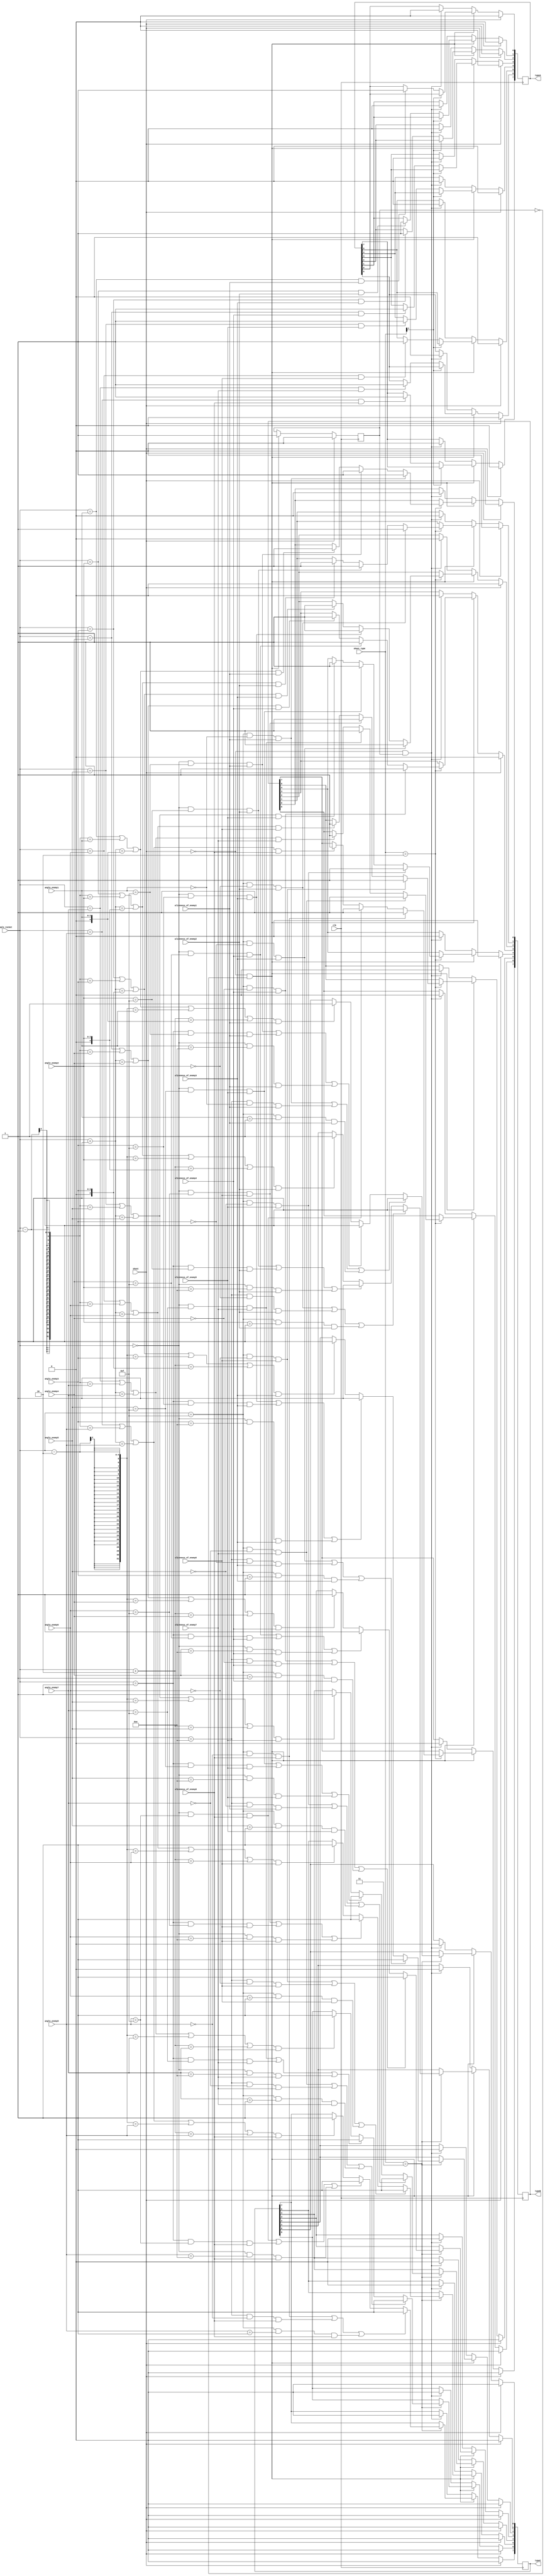
module shoot_mechanism (
    input clk,
    input shoot,
    input [1:0] shoot_type, // 00 dorusal 3can typea, 01 dorusal 3can typea, 10 45derece 2can typeb, 11 90derece 1 can typec
    input [3:0] angle_rocket,
    input [3:0] angle_enemy1, angle_enemy2, angle_enemy3, angle_enemy4, angle_enemy5, angle_enemy6, angle_enemy7, angle_enemy8,
    input aliveness_of_enemy1, aliveness_of_enemy2, aliveness_of_enemy3, aliveness_of_enemy4, aliveness_of_enemy5, aliveness_of_enemy6, aliveness_of_enemy7, aliveness_of_enemy8,
    output reg [7:0] typeA, typeB, typeC
);
    reg shoot_detected;

    initial begin 
        typeA <= 8'b00000000;
        typeB <= 8'b00000000;
        typeC <= 8'b00000000;
        shoot_detected <= 0;
    end

    always @(posedge clk) begin
        if (shoot == 1) begin
            shoot_detected <= 0;
            typeA <= 8'b00000000;
            typeB <= 8'b00000000;
            typeC <= 8'b00000000;
        end 
		  
		  
		  
		  else if (shoot == 0 && shoot_detected == 0) begin
            shoot_detected <= 1;
			
            if (shoot_type[1] == 0) begin
					
                if (angle_rocket == angle_enemy1 && aliveness_of_enemy1 == 1) typeA[0] <= 1;
                if (angle_rocket == angle_enemy2 && aliveness_of_enemy2 == 1) typeA[1] <= 1;
                if (angle_rocket == angle_enemy3 && aliveness_of_enemy3 == 1) typeA[2] <= 1;
                if (angle_rocket == angle_enemy4 && aliveness_of_enemy4 == 1) typeA[3] <= 1;
                if (angle_rocket == angle_enemy5 && aliveness_of_enemy5 == 1) typeA[4] <= 1;
                if (angle_rocket == angle_enemy6 && aliveness_of_enemy6 == 1) typeA[5] <= 1;
                if (angle_rocket == angle_enemy7 && aliveness_of_enemy7 == 1) typeA[6] <= 1;
                if (angle_rocket == angle_enemy8 && aliveness_of_enemy8 == 1) typeA[7] <= 1;
            end
				if (shoot_type == 2'b10) begin
					if ((angle_rocket==4'b1111&&angle_enemy1==4'b0000)&& (aliveness_of_enemy1 == 1)) typeB[0] <= 1;
					else if ((angle_rocket==4'b0000&&angle_enemy1==4'b1111)&& (aliveness_of_enemy1 == 1)) typeB[0] <= 1;
					else if ((angle_rocket == angle_enemy1 || angle_rocket - 1 == angle_enemy1 || angle_rocket + 1 == angle_enemy1) && aliveness_of_enemy1 == 1) typeB[0] <= 1;
				   if ((angle_rocket==4'b1111&&angle_enemy2==4'b0000)&& (aliveness_of_enemy2 == 1) )typeB[1] <= 1;
					else if ((angle_rocket==4'b0000&&angle_enemy2==4'b1111)&& (aliveness_of_enemy2 == 1) )typeB[1] <= 1;

					else if ((angle_rocket == angle_enemy2 || angle_rocket - 1 == angle_enemy2 || angle_rocket + 1 == angle_enemy2) && aliveness_of_enemy2 == 1) typeB[1] <= 1;
				   if ((angle_rocket==4'b1111&&angle_enemy3==4'b0000)&& ( aliveness_of_enemy3 == 1)) typeB[2] <= 1;
				   else if ((angle_rocket==4'b0000&&angle_enemy3==4'b1111)&& ( aliveness_of_enemy3 == 1)) typeB[2] <= 1;

					else   if ((angle_rocket == angle_enemy3 || angle_rocket - 1 == angle_enemy3 || angle_rocket + 1 == angle_enemy3) && aliveness_of_enemy3 == 1) typeB[2] <= 1;

					if ((angle_rocket==4'b1111&&angle_enemy4==4'b0000) && (aliveness_of_enemy4 == 1)) typeB[3] <= 1;
					else if ((angle_rocket==4'b0000&&angle_enemy4==4'b1111) && (aliveness_of_enemy4 == 1)) typeB[3] <= 1;

					else if ((angle_rocket == angle_enemy4 || angle_rocket - 1 == angle_enemy4 || angle_rocket + 1 == angle_enemy4) && aliveness_of_enemy4 == 1) typeB[3] <= 1;
				   if ((angle_rocket==4'b1111&&angle_enemy5==4'b0000)&& (aliveness_of_enemy5 == 1)) typeB[4] <= 1;
				   else if ((angle_rocket==4'b0000&&angle_enemy5==4'b1111)&& (aliveness_of_enemy5 == 1)) typeB[4] <= 1;

					else if ((angle_rocket == angle_enemy5 || angle_rocket - 1 == angle_enemy5 || angle_rocket + 1 == angle_enemy5) && aliveness_of_enemy5 == 1) typeB[4] <= 1;
				   if ((angle_rocket==4'b1111&&angle_enemy6==4'b0000) && (aliveness_of_enemy6 == 1)) typeB[5] <= 1;
				   else if ((angle_rocket==4'b0000&&angle_enemy6==4'b1111) && (aliveness_of_enemy6 == 1)) typeB[5] <= 1;

					else if ((angle_rocket == angle_enemy6 || angle_rocket - 1 == angle_enemy6 || angle_rocket + 1 == angle_enemy6) && aliveness_of_enemy6 == 1) typeB[5] <= 1;

				   if ((angle_rocket==4'b1111&&angle_enemy7==4'b0000) && (aliveness_of_enemy7 == 1)) typeB[6] <= 1;
				   else if ((angle_rocket==4'b0000&&angle_enemy7==4'b1111) && (aliveness_of_enemy7 == 1)) typeB[6] <= 1;

					else if ((angle_rocket == angle_enemy7 || angle_rocket - 1 == angle_enemy7 || angle_rocket + 1 == angle_enemy7) && aliveness_of_enemy7 == 1) typeB[6] <= 1;

				   if ((angle_rocket==4'b1111&&angle_enemy8==4'b0000)&&( aliveness_of_enemy8 == 1) )typeB[7] <= 1;
				   else if ((angle_rocket==4'b0000&&angle_enemy8==4'b1111)&&( aliveness_of_enemy8 == 1) )typeB[7] <= 1;
                
               else if ((angle_rocket == angle_enemy8 || angle_rocket - 1 == angle_enemy8 || angle_rocket + 1 == angle_enemy8) && aliveness_of_enemy8 == 1) typeB[7] <= 1;
            end
            if (shoot_type == 2'b11) begin
				
				if ((angle_rocket==4'b1111&&angle_enemy1==4'b0000)&& (aliveness_of_enemy1 == 1) || (angle_rocket==4'b1110&&angle_enemy1==4'b0000)&& (aliveness_of_enemy1 == 1) || (angle_rocket==4'b1111&&angle_enemy1==4'b0001)&& (aliveness_of_enemy1 == 1)) typeC[0] <= 1;
		      else if ((angle_rocket==4'b0000 &&angle_enemy1==4'b1111)&& (aliveness_of_enemy1 == 1) || (angle_rocket==4'b0001&&angle_enemy1==4'b1111)&& (aliveness_of_enemy1 == 1) || (angle_rocket==4'b0000 &&angle_enemy1==4'b1110)&& (aliveness_of_enemy1 == 1)) typeC[0] <= 1;

	
		      else if ((angle_rocket == angle_enemy1 || angle_rocket - 1 == angle_enemy1 || angle_rocket + 1 == angle_enemy1 || angle_rocket - 2 == angle_enemy1 || angle_rocket + 2 == angle_enemy1) && aliveness_of_enemy1 == 1) typeC[0] <= 1;
 	if ((angle_rocket==4'b1111&&angle_enemy2==4'b0000)&& (aliveness_of_enemy2 == 1) || (angle_rocket==4'b1110&&angle_enemy2==4'b0000)&& (aliveness_of_enemy2 == 1) || (angle_rocket==4'b1111&&angle_enemy2==4'b0001)&& (aliveness_of_enemy2 == 1)) typeC[1] <= 1;
		else if ((angle_rocket==4'b0000 &&angle_enemy2==4'b1111)&& (aliveness_of_enemy2 == 1) || (angle_rocket==4'b0001&&angle_enemy2==4'b1111)&& (aliveness_of_enemy2 == 1) || (angle_rocket==4'b0000 &&angle_enemy2==4'b1110)&& (aliveness_of_enemy2 == 1)) typeC[1] <= 1;

		else if ((angle_rocket == angle_enemy2 || angle_rocket - 1 == angle_enemy2 || angle_rocket + 1 == angle_enemy2 || angle_rocket - 2 == angle_enemy2 || angle_rocket + 2 == angle_enemy2) && aliveness_of_enemy2 == 1) typeC[1] <= 1;

 
		if ((angle_rocket==4'b1111&&angle_enemy3==4'b0000)&& (aliveness_of_enemy3 == 1) || (angle_rocket==4'b1110&&angle_enemy3==4'b0000)&& (aliveness_of_enemy3 == 1) || (angle_rocket==4'b1111&&angle_enemy3==4'b0001)&& (aliveness_of_enemy3 == 1)) typeC[2] <= 1;
		else if ((angle_rocket==4'b0000 &&angle_enemy3==4'b1111)&& (aliveness_of_enemy3 == 1) || (angle_rocket==4'b0001&&angle_enemy3==4'b1111)&& (aliveness_of_enemy3 == 1) || (angle_rocket==4'b0000 &&angle_enemy3==4'b1110)&& (aliveness_of_enemy3 == 1)) typeC[2] <= 1;

		else if ((angle_rocket == angle_enemy3 || angle_rocket - 1 == angle_enemy3 || angle_rocket + 1 == angle_enemy3 || angle_rocket - 2 == angle_enemy3 || angle_rocket + 2 == angle_enemy3) && aliveness_of_enemy3 == 1) typeC[2] <= 1;

	if ((angle_rocket==4'b1111&&angle_enemy4==4'b0000)&& (aliveness_of_enemy4 == 1) || (angle_rocket==4'b1110&&angle_enemy4==4'b0000)&& (aliveness_of_enemy4 == 1) || (angle_rocket==4'b1111&&angle_enemy4==4'b0001)&& (aliveness_of_enemy4 == 1)) typeC[3] <= 1;
		else if ((angle_rocket==4'b0000 &&angle_enemy4==4'b1111)&& (aliveness_of_enemy4 == 1) || (angle_rocket==4'b0001&&angle_enemy4==4'b1111)&& (aliveness_of_enemy4 == 1) || (angle_rocket==4'b0000 &&angle_enemy4==4'b1110)&& (aliveness_of_enemy4 == 1)) typeC[3] <= 1;


		else if ((angle_rocket == angle_enemy4 || angle_rocket - 1 == angle_enemy4 || angle_rocket + 1 == angle_enemy4 || angle_rocket - 2 == angle_enemy4 || angle_rocket + 2 == angle_enemy4) && aliveness_of_enemy4 == 1) typeC[3] <= 1;
	
	
		
		if ((angle_rocket==4'b1111&&angle_enemy5==4'b0000)&& (aliveness_of_enemy5 == 1) || (angle_rocket==4'b1110&&angle_enemy5==4'b0000)&& (aliveness_of_enemy1 == 1) || (angle_rocket==4'b1111&&angle_enemy5==4'b0001)&& (aliveness_of_enemy5 == 1)) typeC[4] <= 1;
		else if ((angle_rocket==4'b0000 &&angle_enemy5==4'b1111)&& (aliveness_of_enemy5 == 1) || (angle_rocket==4'b0001&&angle_enemy5==4'b1111)&& (aliveness_of_enemy5 == 1) || (angle_rocket==4'b0000 &&angle_enemy5==4'b1110)&& (aliveness_of_enemy5 == 1)) typeC[4] <= 1;

		else if ((angle_rocket == angle_enemy5 || angle_rocket - 1 == angle_enemy5 || angle_rocket + 1 == angle_enemy5 || angle_rocket - 2 == angle_enemy5 || angle_rocket + 2 == angle_enemy5) && aliveness_of_enemy5 == 1) typeC[4] <= 1;
		
		
		
		if ((angle_rocket==4'b1111&&angle_enemy6==4'b0000)&& (aliveness_of_enemy6 == 1) || (angle_rocket==4'b1110&&angle_enemy6==4'b0000)&& (aliveness_of_enemy6 == 1) || (angle_rocket==4'b1111&&angle_enemy6==4'b0001)&& (aliveness_of_enemy6 == 1)) typeC[5] <= 1;
		else if ((angle_rocket==4'b0000 &&angle_enemy6==4'b1111)&& (aliveness_of_enemy6 == 1) || (angle_rocket==4'b0001&&angle_enemy6==4'b1111)&& (aliveness_of_enemy6 == 1) || (angle_rocket==4'b0000 &&angle_enemy6==4'b1110)&& (aliveness_of_enemy6 == 1)) typeC[5] <= 1;

		else if ((angle_rocket == angle_enemy6 || angle_rocket - 1 == angle_enemy6 || angle_rocket + 1 == angle_enemy6 || angle_rocket - 2 == angle_enemy6 || angle_rocket + 2 == angle_enemy6) && aliveness_of_enemy6 == 1) typeC[5] <= 1;

				if ((angle_rocket==4'b1111&&angle_enemy7==4'b0000)&& (aliveness_of_enemy7 == 1) || (angle_rocket==4'b1110&&angle_enemy7==4'b0000)&& (aliveness_of_enemy7 == 1) || (angle_rocket==4'b1111&&angle_enemy7==4'b0001)&& (aliveness_of_enemy7 == 1)) typeC[6] <= 1;
		else if ((angle_rocket==4'b0000 &&angle_enemy7==4'b1111)&& (aliveness_of_enemy7 == 1) || (angle_rocket==4'b0001&&angle_enemy7==4'b1111)&& (aliveness_of_enemy7 == 1) || (angle_rocket==4'b0000 &&angle_enemy7==4'b1110)&& (aliveness_of_enemy7== 1)) typeC[6] <= 1;

		else if ((angle_rocket == angle_enemy7 || angle_rocket - 1 == angle_enemy7 || angle_rocket + 1 == angle_enemy7 || angle_rocket - 2 == angle_enemy7 || angle_rocket + 2 == angle_enemy7) && aliveness_of_enemy7 == 1) typeC[6] <= 1;
	if ((angle_rocket==4'b1111&&angle_enemy8==4'b0000)&& (aliveness_of_enemy8 == 1) || (angle_rocket==4'b1110&&angle_enemy8==4'b0000)&& (aliveness_of_enemy8 == 1) || (angle_rocket==4'b1111&&angle_enemy8==4'b0001)&& (aliveness_of_enemy8 == 1)) typeC[7] <= 1;
		else if ((angle_rocket==4'b0000 &&angle_enemy8==4'b1111)&& (aliveness_of_enemy8 == 1) || (angle_rocket==4'b0001&&angle_enemy8==4'b1111)&& (aliveness_of_enemy8 == 1) || (angle_rocket==4'b0000 &&angle_enemy8==4'b1110)&& (aliveness_of_enemy8== 1)) typeC[7] <= 1;

		else if ((angle_rocket == angle_enemy8 || angle_rocket - 1 == angle_enemy8 || angle_rocket + 1 == angle_enemy8 || angle_rocket - 2 == angle_enemy8 || angle_rocket + 2 == angle_enemy8) && aliveness_of_enemy8 == 1) typeC[7] <= 1;
	end
	
        
		  
		  
		  
		  end
		  else if (shoot == 0 && shoot_detected == 1) begin
				typeA <= 8'b00000000;
            typeB <= 8'b00000000;
            typeC <= 8'b00000000;
		  end
	end
    
endmodule